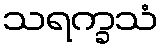
သရက္ခသံ